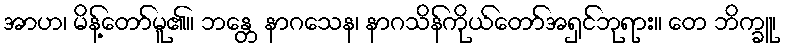
အာဟ၊ မိန့်တော်မူ၏။ ဘန္တေ နာဂသေန၊ နာဂသိန်ကိုယ်တော်အရှင်ဘုရား။ တေ ဘိက္ခူ၊